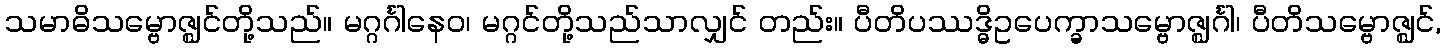
သမာဓိသမ္ဗောဇ္ဈင်တို့သည်။ မဂ္ဂင်္ဂါနေဝ၊ မဂ္ဂင်တို့သည်သာလျှင် တည်း။ ပီတိပဿဒ္ဓိဥပေက္ခာသမ္ဗောဇ္ဈင်္ဂါ၊ ပီတိသမ္ဗောဇ္ဈင်,